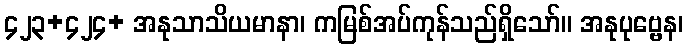
၄၂၃+၄၂၄+ အနုသာသိယမာနာ၊ ကမြစ်အပ်ကုန်သည်ရှိသော်။ အနုပုဗ္ဗေန၊